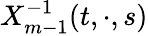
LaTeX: X_{m-1}^{-1}(t,\cdot,s)